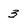
Character: 3